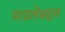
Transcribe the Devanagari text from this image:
पाडलेबद्दल